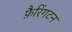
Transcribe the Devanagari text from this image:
फ़ैरिंगटन